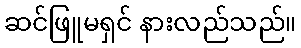
ဆင်ဖြူမရှင် နားလည်သည်။